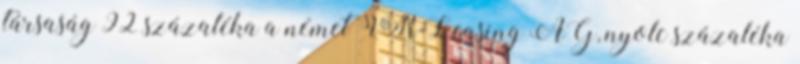
társaság 92 százaléka a német VR-Leasing AG, nyolc százaléka